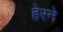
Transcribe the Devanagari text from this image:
हेरने